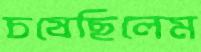
চষেছিলেম